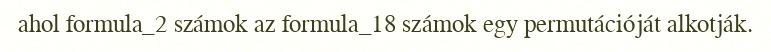
ahol formula_2 számok az formula_18 számok egy permutációját alkotják.